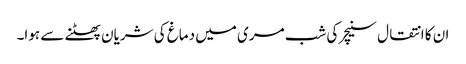
ان کا انتقال سنیچر کی شب مری میں دماغ کی شریان پھٹنے سے ہوا۔